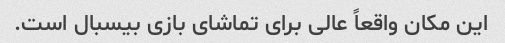
این مکان واقعاً عالی برای تماشای بازی بیسبال است.